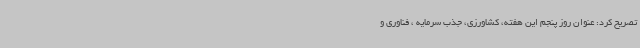
تصریح کرد: عنوان روز پنجم این هفته، کشاورزی، جذب سرمایه ، فناوری و